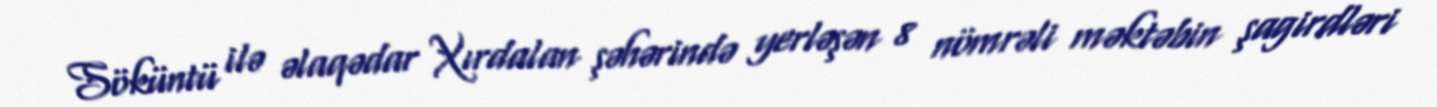
Söküntü ilə əlaqədar Xırdalan şəhərində yerləşən 8 nömrəli məktəbin şagirdləri